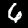
Digit: 6